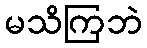
မသိကြဘဲ